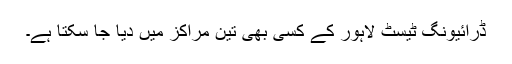
ڈرائیونگ ٹیسٹ لاہور کے کسی بھی تین مراکز میں دیا جا سکتا ہے۔